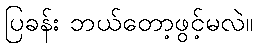
ပြခန်း ဘယ်တော့ဖွင့်မလဲ။